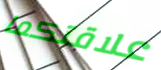
علاقتكما